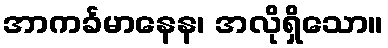
အာကင်္ခမာနေန၊ အလိုရှိသော။